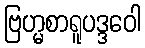
ဗြဟ္မစာရူပဒ္ဒဝေါ